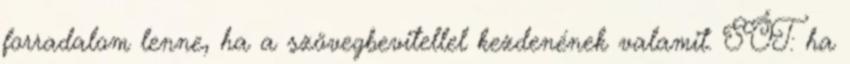
forradalom lenne, ha a szövegbevitellel kezdenének valamit. SŐT: ha